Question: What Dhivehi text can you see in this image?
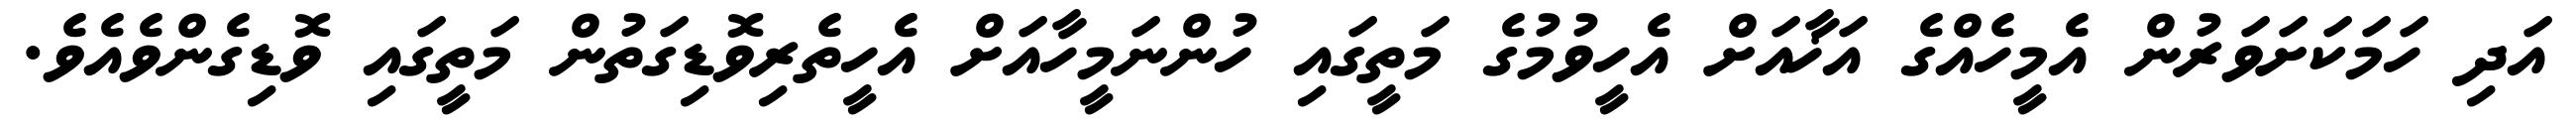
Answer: އަދި ހަމަކަށަވަރުން އެމީހެއްގެ އަޚާއަށް އެހީވުމުގެ މަތީގައި ހުންނަމީހާއަށް އެހީތެރިވޮޑިގަތުން މަތީގައި ވޮޑިގެންވެއެވެ.